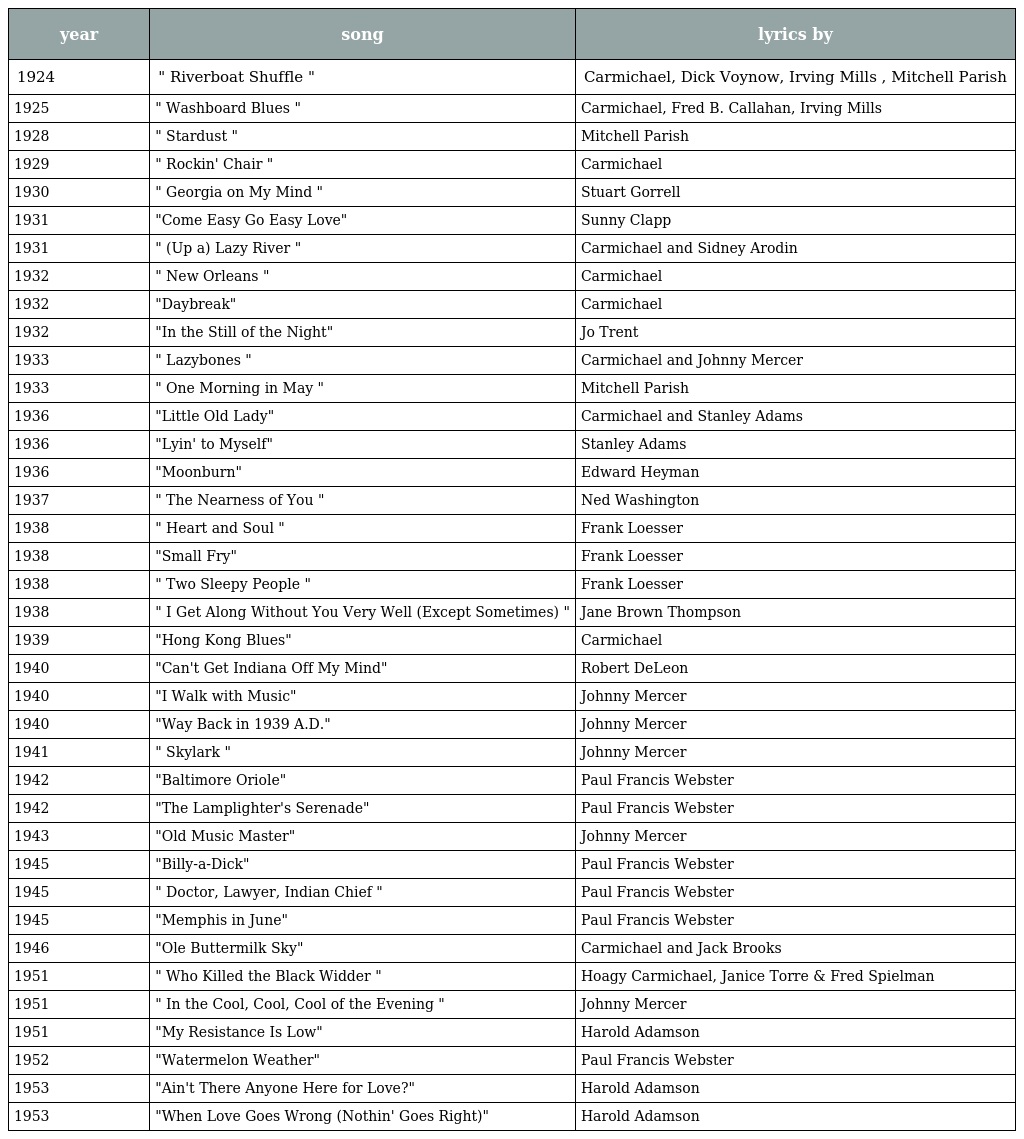
| year | song | lyrics by |
 | --- | --- | --- |
 | 1924 | " Riverboat Shuffle " | Carmichael, Dick Voynow, Irving Mills , Mitchell Parish |
 | 1925 | " Washboard Blues " | Carmichael, Fred B. Callahan, Irving Mills |
 | 1928 | " Stardust " | Mitchell Parish |
 | 1929 | " Rockin' Chair " | Carmichael |
 | 1930 | " Georgia on My Mind " | Stuart Gorrell |
 | 1931 | "Come Easy Go Easy Love" | Sunny Clapp |
 | 1931 | " (Up a) Lazy River " | Carmichael and Sidney Arodin |
 | 1932 | " New Orleans " | Carmichael |
 | 1932 | "Daybreak" | Carmichael |
 | 1932 | "In the Still of the Night" | Jo Trent |
 | 1933 | " Lazybones " | Carmichael and Johnny Mercer |
 | 1933 | " One Morning in May " | Mitchell Parish |
 | 1936 | "Little Old Lady" | Carmichael and Stanley Adams |
 | 1936 | "Lyin' to Myself" | Stanley Adams |
 | 1936 | "Moonburn" | Edward Heyman |
 | 1937 | " The Nearness of You " | Ned Washington |
 | 1938 | " Heart and Soul " | Frank Loesser |
 | 1938 | "Small Fry" | Frank Loesser |
 | 1938 | " Two Sleepy People " | Frank Loesser |
 | 1938 | " I Get Along Without You Very Well (Except Sometimes) " | Jane Brown Thompson |
 | 1939 | "Hong Kong Blues" | Carmichael |
 | 1940 | "Can't Get Indiana Off My Mind" | Robert DeLeon |
 | 1940 | "I Walk with Music" | Johnny Mercer |
 | 1940 | "Way Back in 1939 A.D." | Johnny Mercer |
 | 1941 | " Skylark " | Johnny Mercer |
 | 1942 | "Baltimore Oriole" | Paul Francis Webster |
 | 1942 | "The Lamplighter's Serenade" | Paul Francis Webster |
 | 1943 | "Old Music Master" | Johnny Mercer |
 | 1945 | "Billy-a-Dick" | Paul Francis Webster |
 | 1945 | " Doctor, Lawyer, Indian Chief " | Paul Francis Webster |
 | 1945 | "Memphis in June" | Paul Francis Webster |
 | 1946 | "Ole Buttermilk Sky" | Carmichael and Jack Brooks |
 | 1951 | " Who Killed the Black Widder " | Hoagy Carmichael, Janice Torre & Fred Spielman |
 | 1951 | " In the Cool, Cool, Cool of the Evening " | Johnny Mercer |
 | 1951 | "My Resistance Is Low" | Harold Adamson |
 | 1952 | "Watermelon Weather" | Paul Francis Webster |
 | 1953 | "Ain't There Anyone Here for Love?" | Harold Adamson |
 | 1953 | "When Love Goes Wrong (Nothin' Goes Right)" | Harold Adamson |